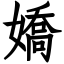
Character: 嬌